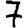
Digit: 7